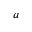
a